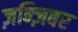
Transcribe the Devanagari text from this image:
ज़न्ज़िबर